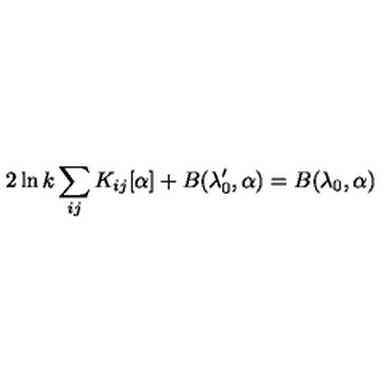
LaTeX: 2 \ln k \sum _ { i j } K _ { i j } [ \alpha ] + B ( \lambda _ { 0 } ^ { \prime } , \alpha ) = B ( \lambda _ { 0 } , \alpha )